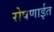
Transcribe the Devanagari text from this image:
रोषणाईत